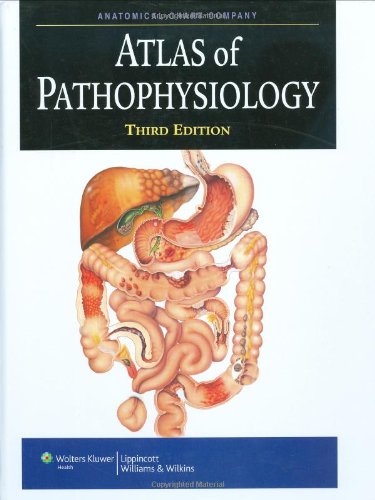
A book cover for Atlas of Pathophysiology, 3rd Edition; Lippincott Williams &  Wilkins; Medical Books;